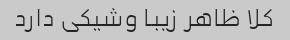
کلا ظاهر زیبا وشیکی دارد